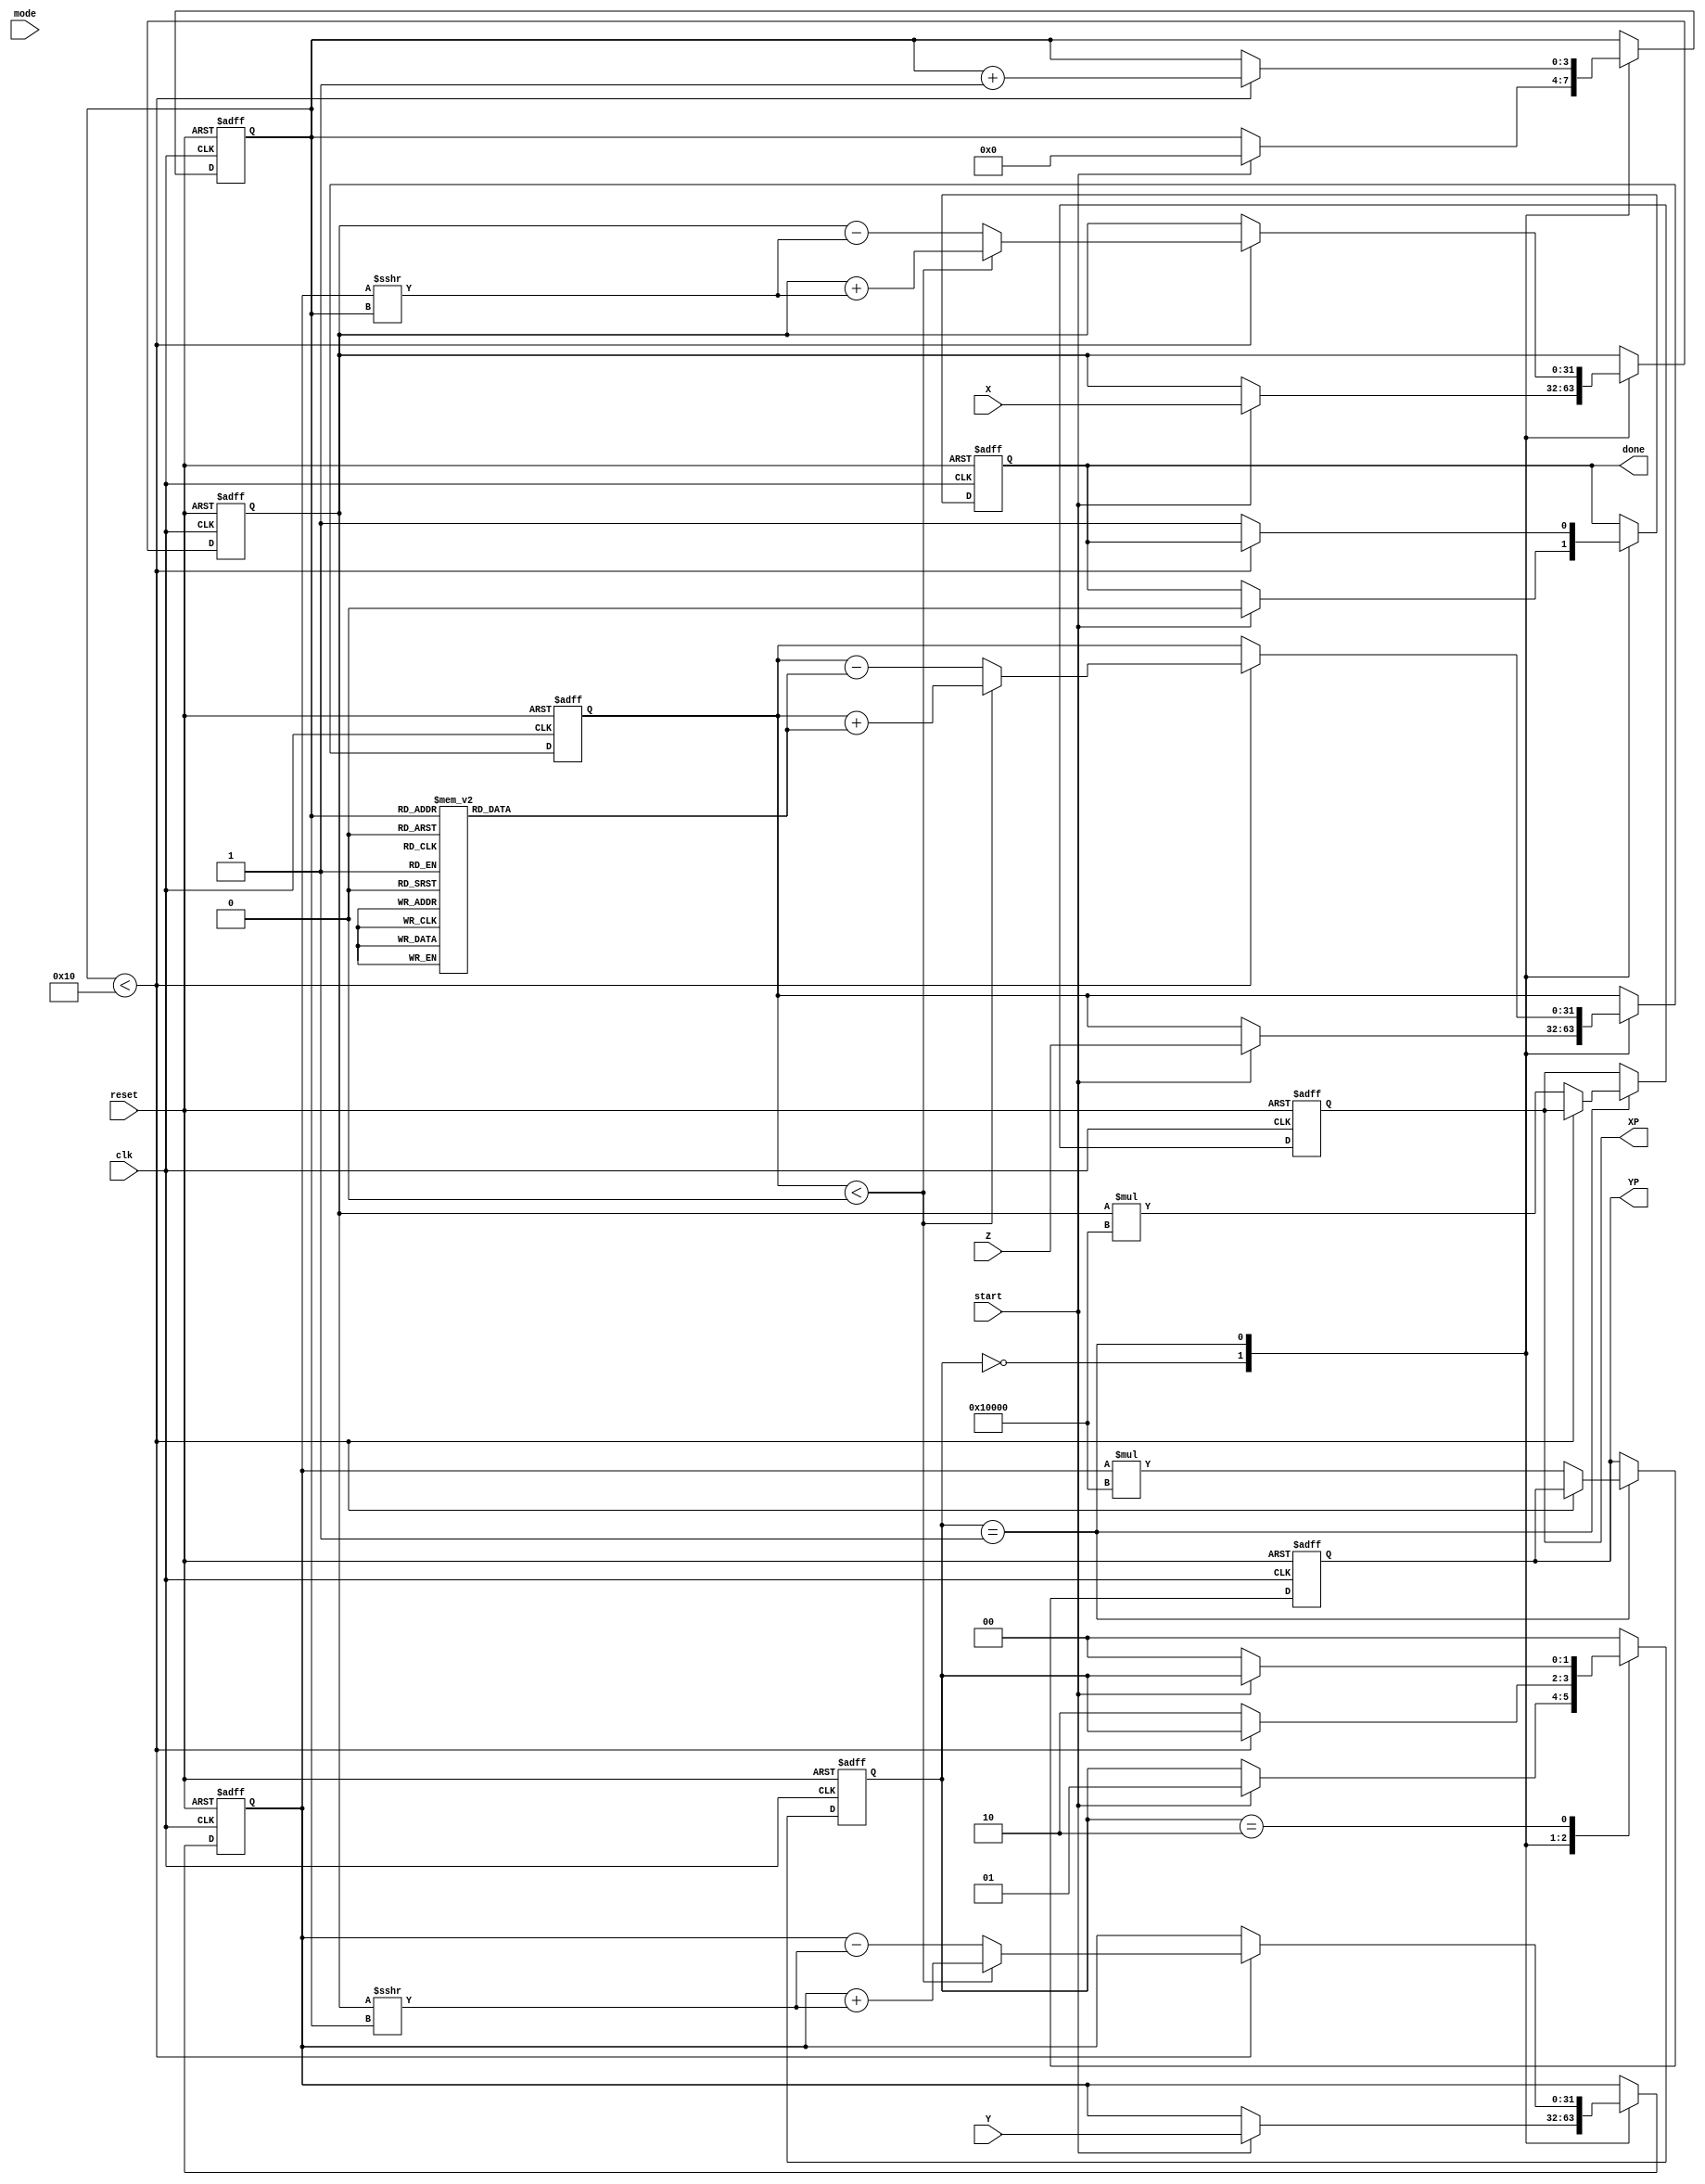
module hyperbolic_cordic #(
    parameter WIDTH_X = 32,
    parameter WIDTH_Y = 32,
    parameter WIDTH_Z = 32,
    parameter MAX_ITER = 16
)(
    input  wire clk,
    input  wire reset,
    input  wire start,
    input  wire mode, // 0: sinh, 1: cosh
    input  wire [WIDTH_X-1:0] X, // input x-coordinate
    input  wire [WIDTH_Y-1:0] Y, // input y-coordinate
    input  wire [WIDTH_Z-1:0] Z, // input angle in fixed-point representation
    
    output reg [WIDTH_X-1:0] XP, // output x-coordinate
    output reg [WIDTH_Y-1:0] YP, // output y-coordinate
    output reg done // signal for operation completion
);

    // Constants for scaling factor, for simplicity
    localparam SCALING_FACTOR = 32'h0001_0000; // Example value, adjust as needed

    // CORDIC rotation angles precomputed for hyperbolic function
    reg [WIDTH_Z-1:0] ang_table [0:MAX_ITER-1];
    initial begin
        // Fill the angle table with atanh(1/(2^i)) values
        // These values should be evaluated and filled in based on your needs
        ang_table[0] = 32'h00000000; // atanh(1) = 0
        ang_table[1] = 32'h00000001; // atanh(1/2) = approx
        // (Add more angle values)
    end

    reg [WIDTH_X-1:0] x_curr;
    reg [WIDTH_Y-1:0] y_curr;
    reg [WIDTH_Z-1:0] z_curr;
    
    reg [3:0] iter; // iteration counter
    reg [1:0] state; // FSM state
    localparam IDLE = 2'b00, COMPUTE = 2'b01, DONE = 2'b10;

    always @(posedge clk or posedge reset) begin
        if (reset) begin
            XP <= 0;
            YP <= 0;
            done <= 0;
            x_curr <= 0;
            y_curr <= 0;
            z_curr <= 0;
            iter <= 0;
            state <= IDLE;
        end else begin
            case (state)
                IDLE: begin
                    if (start) begin
                        x_curr <= X;
                        y_curr <= Y;
                        z_curr <= Z;
                        iter <= 0;
                        done <= 0;
                        state <= COMPUTE;
                    end
                end
                
                COMPUTE: begin
                    if (iter < MAX_ITER) begin
                        if (z_curr < 0) begin
                            // Perform hyperbolic rotation
                            x_curr <= x_curr + (y_curr >>> iter);
                            y_curr <= y_curr + (x_curr >>> iter);
                            z_curr <= z_curr + ang_table[iter];
                        end else begin
                            x_curr <= x_curr - (y_curr >>> iter);
                            y_curr <= y_curr - (x_curr >>> iter);
                            z_curr <= z_curr - ang_table[iter];
                        end
                        iter <= iter + 1;
                    end else begin
                        // Finished computing
                        XP <= x_curr * SCALING_FACTOR; // Apply scaling factor
                        YP <= y_curr * SCALING_FACTOR; // Apply scaling factor
                        done <= 1;
                        state <= DONE;
                    end
                end
                
                DONE: begin
                    if (!start) begin
                        state <= IDLE; // Go back to idle state
                    end
                end

                default: state <= IDLE;
            endcase
        end
    end

endmodule